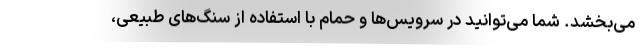
می‌بخشد. شما می‌توانید در سرویس‌ها و حمام با استفاده از سنگ‌های طبیعی،